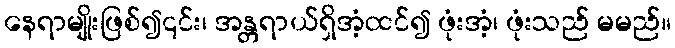
နေရာမျိုးဖြစ်၍၎င်း၊ အန္တရာယ်ရှိအံ့ထင်၍ ဖုံးအံ့၊ ဖုံးသည် မမည်။